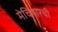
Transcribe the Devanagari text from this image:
मेचियारची